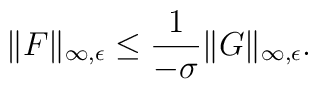
\| F\|_{\infty,\epsilon}\leq\frac {1}{-\sigma}\| G\|_{\infty,\epsilon}.